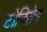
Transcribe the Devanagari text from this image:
टोनिसेन